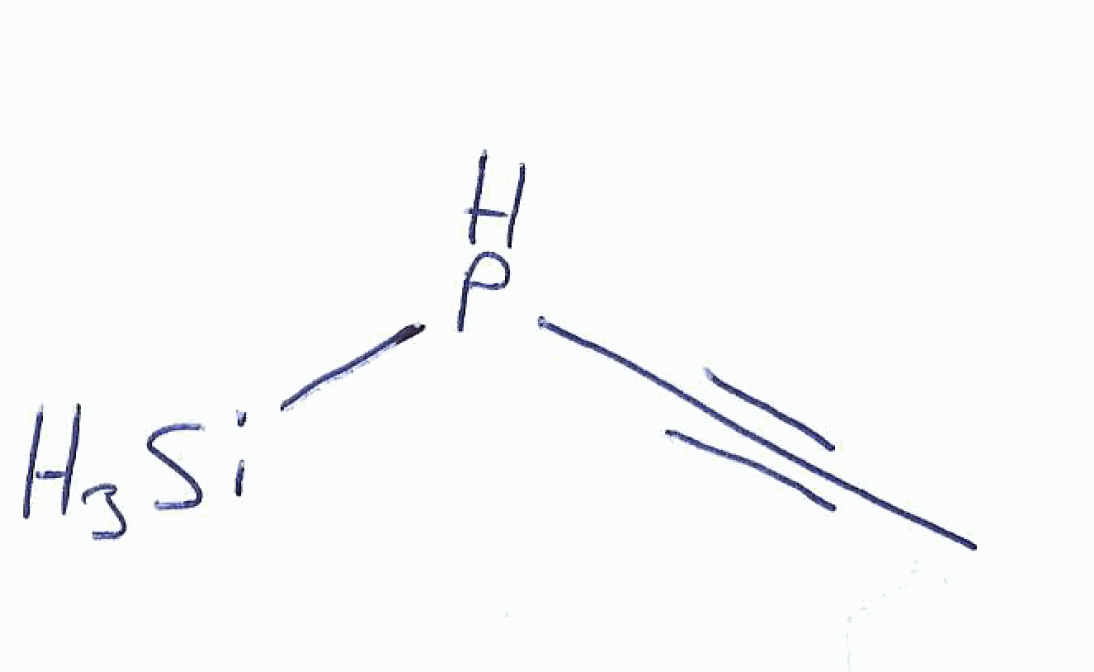
Simplified molecular-input line-entry system (SMILES) notation of the given molecule:
CC#CP[SiH3]